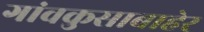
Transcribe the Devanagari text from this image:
गांवकुसाबाहेर